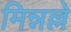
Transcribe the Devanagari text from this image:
मिन्नल्ले